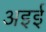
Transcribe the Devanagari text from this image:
अइई